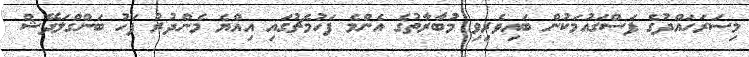
މިސަރަހައްދުގެ ފަސްގައުމަކުން ބައިވެރިވި މުބާރާތުގެ އެންމެ ފަހުމެޗުގައި އިއްޔެ މެންދުރު ފަހު ބަންގްލަދޭޝް